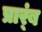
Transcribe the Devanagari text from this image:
प्रार्ंब